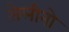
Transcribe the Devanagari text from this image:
सेलीनो